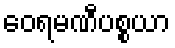
ဝေရမဏီပစ္စယာ